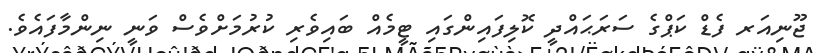
ޖޫނިއަރ ފެޑް ކަޕްގެ ސަރަޙައްދީ ކޮލިފައިންގައި ޓީމެއް ބައިވެރި ކުރުމަށްވެސް ވަނީ ނިންމާފައެވެ.